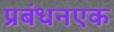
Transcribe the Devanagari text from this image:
प्रबंधनएक